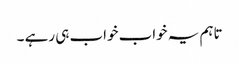
تاہم یہ خواب خواب ہی رہے ۔